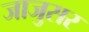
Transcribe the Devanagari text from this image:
जाजुसर